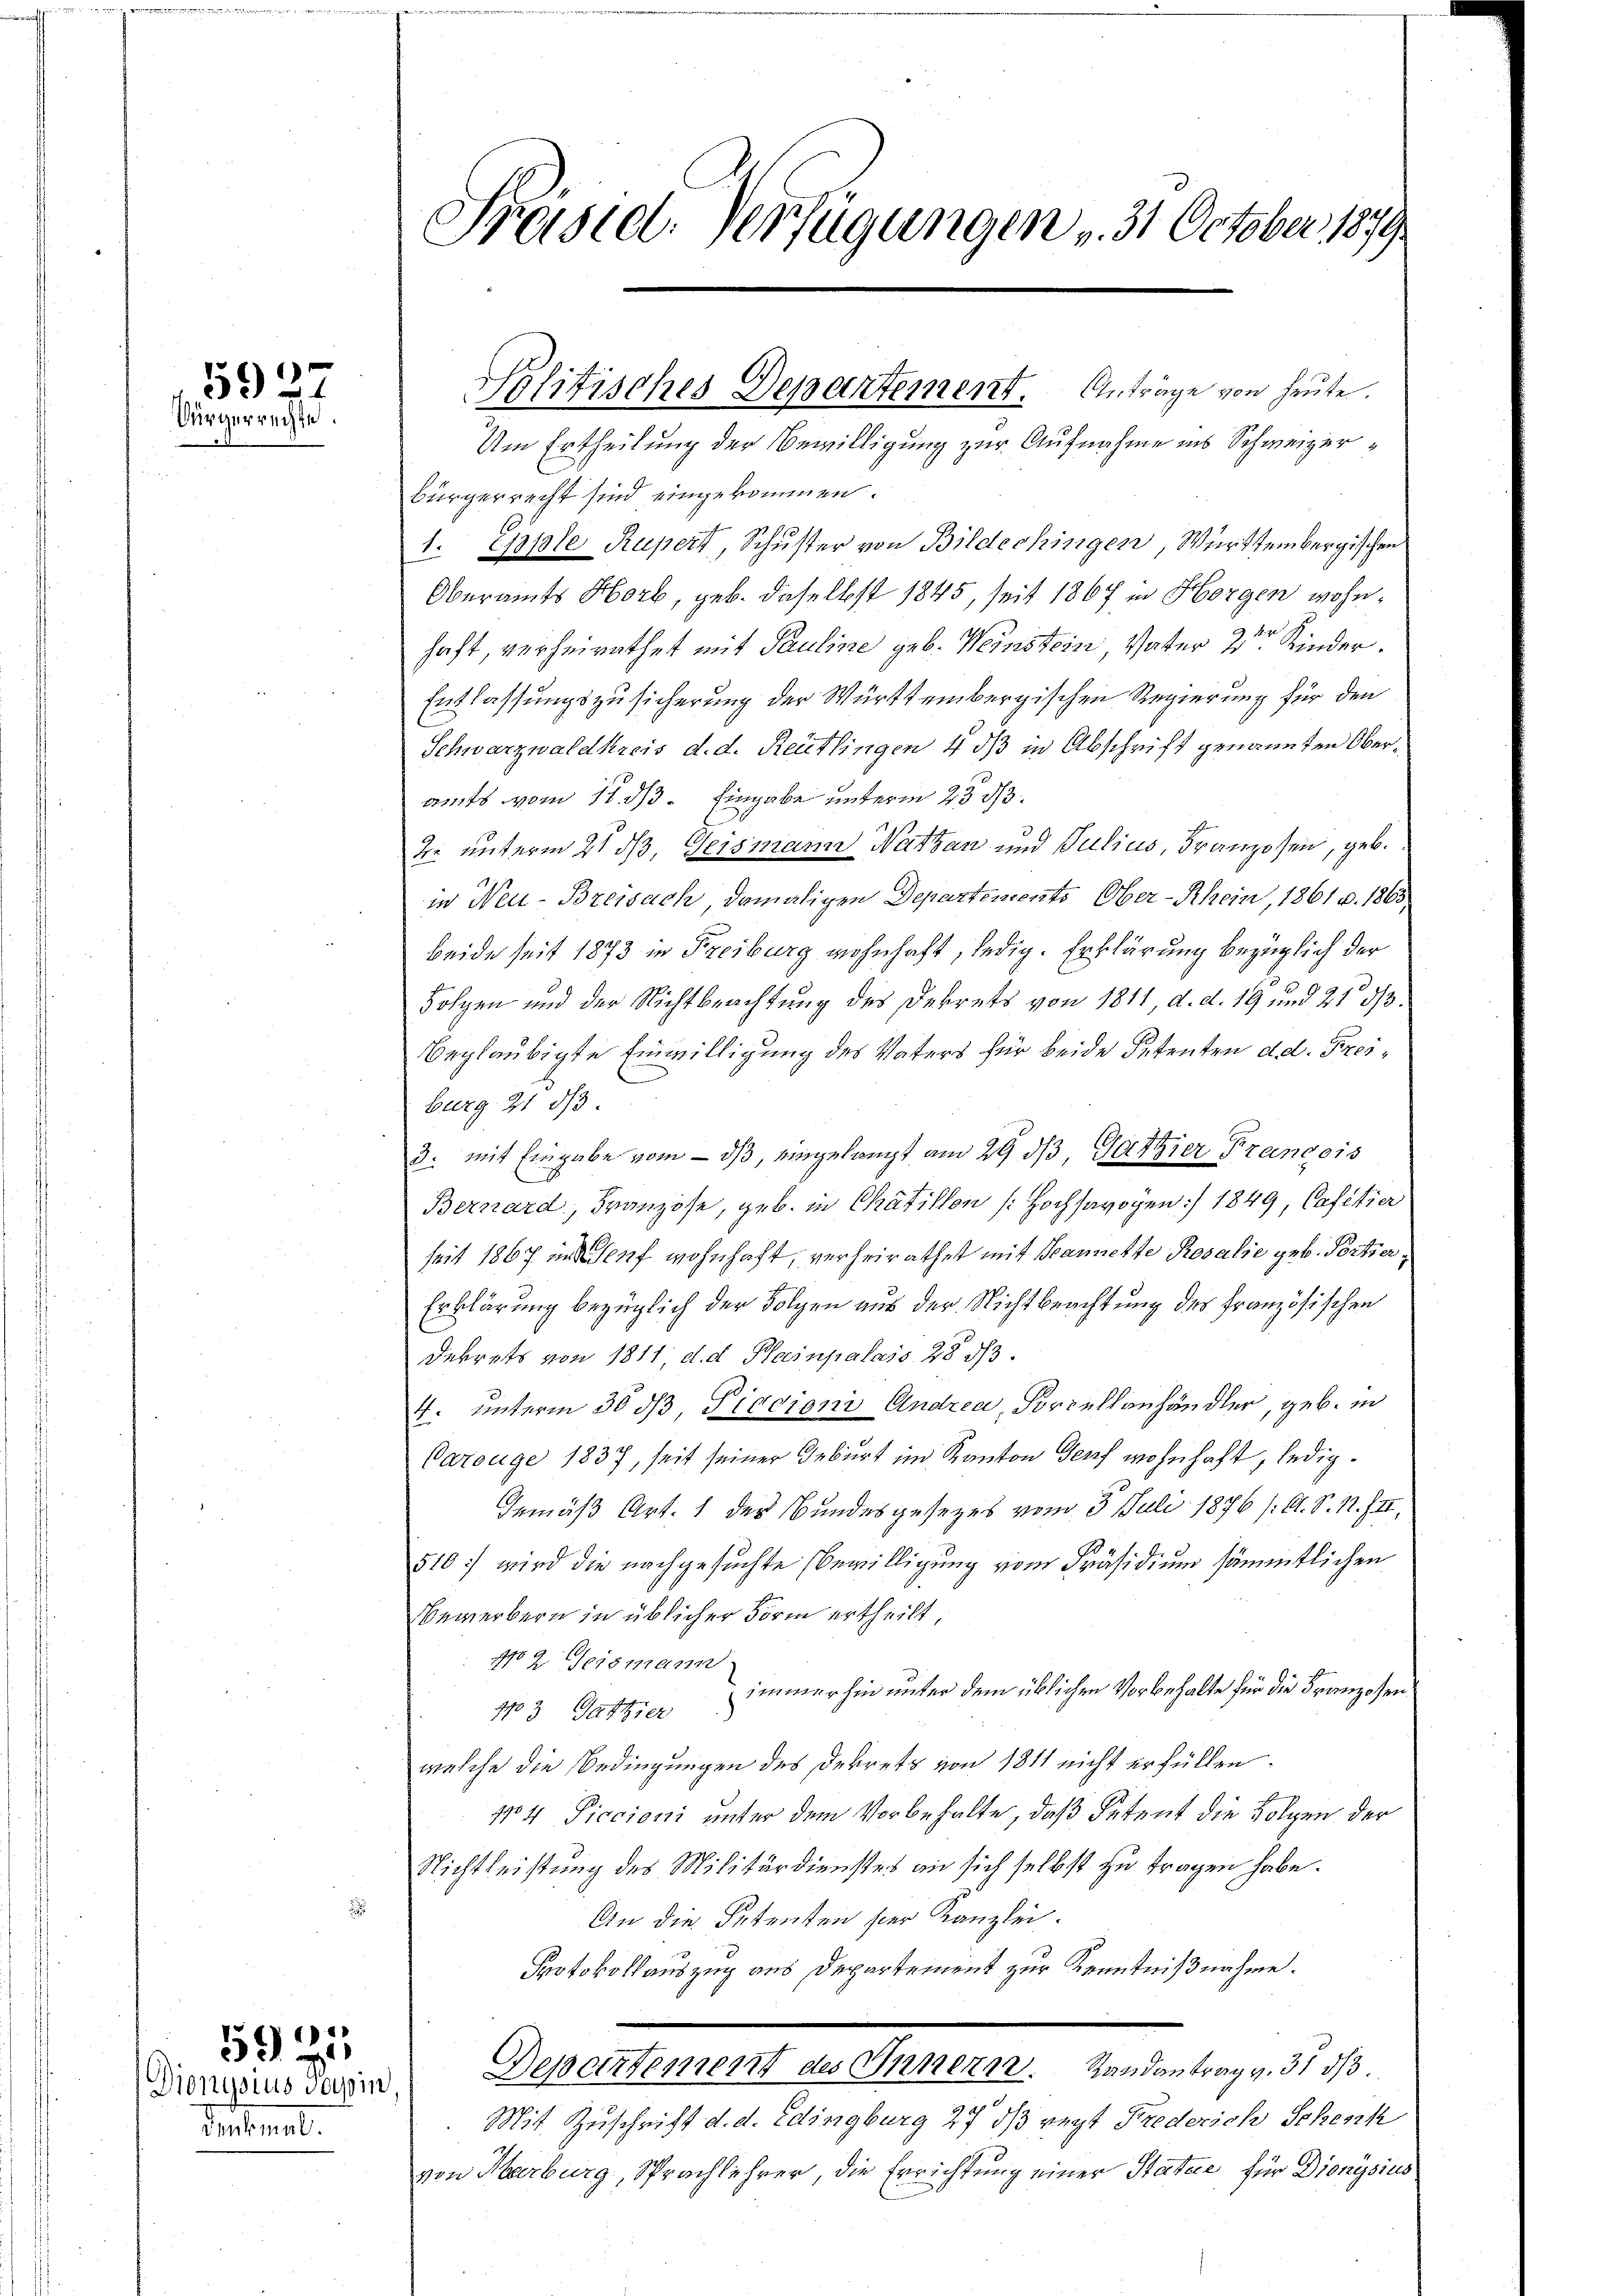
5927
Vürgerrechte

19

Dionysius Sopin,
Intimat.

Präsiel. Verfügungen 31. October, 1879.

Bürgerrecht sind eingekommen.
7
1. Epple Rupert, Schuster von Bildechingen, Württembergischen
Oberamts Horb, geb. daselbst 1845, seit 1867 in Horgen wohnhaft, verheirathet mit Pauline geb. Weinstein Vater 2ten Kinder.
Entlassungszusicherung der Württembergischen Regierung für den
Schwarzwaldkreis d. d. Reutlingen 4 dß in Abschrift genannten Oberamts vom 11. ds. Eingabe unterm 23. ds.
2. unterm 21 dß, Geismann Watzan und Julius, Franzosen, geb.
in Neu-Brewsach damaligen Departements Ober-Rhein, 1861 u. 1863,
beide seit 1873 in Freiburg wohnhaft, ledig. Erklärung bezüglich der
Folgen und der Nichtbeachtung des Dekrets von 1811, d. d. 19 und 21 2/3.
beglaubigte Einwilligung des Vaters für beide Petenten d. d. Freiburg 21 d
3. mit Eingabe vom  ds, eingelangt am 29 dß, Gattier François
Bernard, Franzose, geb. in Chätillon [Hochsavogen :/ 1849, Cafetier
seit 1867 im Genf wohnhaft, verheirathet mit Spannette Rosalie geb. Portier.
Erklärung bezüglich der Folgen aus der Nichtbeachtung des französischen
Dekrets von 1811, d. d. Plainpalais 28 d.
4. unterm 30 ds, Piccioni Andrea, Porcellanhändler, geb. in
Carouge 1837, seit seiner Geburt im Kanton Genf wohnhaft, ledig¬
Gemäß Art. 1 des Bundesgesezes vom 5. Juli 1876 (lt. S. 1. III,
510) wird die nachgesuchte Bewilligung vom Präsidium sämmtlichen
Bewerbern in üblicher Form ertheilt,
No 2. Geismann
immerhin unter dem üblichen Vorbehalte für die Franzosen.
1703 Gattier
welche die Bedingungen des Dekrets von 1811 nicht erfüllen.
No 4 Piccioni unter dem Vorbehalte, daß Petent die Folgen der
Nichtleistung des Militärdienstes an sich selbst zu tragen habe.
An die Setenten hier Kanzlei.
Protokollauszug aus Departement zur Kenntnißnahme.
Departement des Innern. Randantrag v. 31 dβ.
Mit Zuschrift d. d. Edingburg 27 dß regt Frederich Schenk
von Marburg, Sprachlehrer, die Errichtung einer Statue, für Dionysius

Politisches Departement. Anträge von heute.
Um Ertheilung der Bewilligung zur Aufnahme ins Schweizer¬